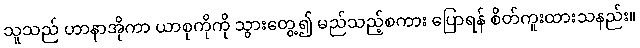
သူသည် ဟာနာအိုကာ ယာစုကိုကို သွားတွေ့၍ မည်သည့်စကား ပြောရန် စိတ်ကူးထားသနည်း။